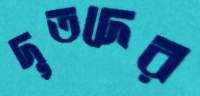
দূতদের